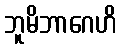
ဘူမိဘာဂေဟိ